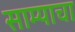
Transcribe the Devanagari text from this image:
साम्याचा